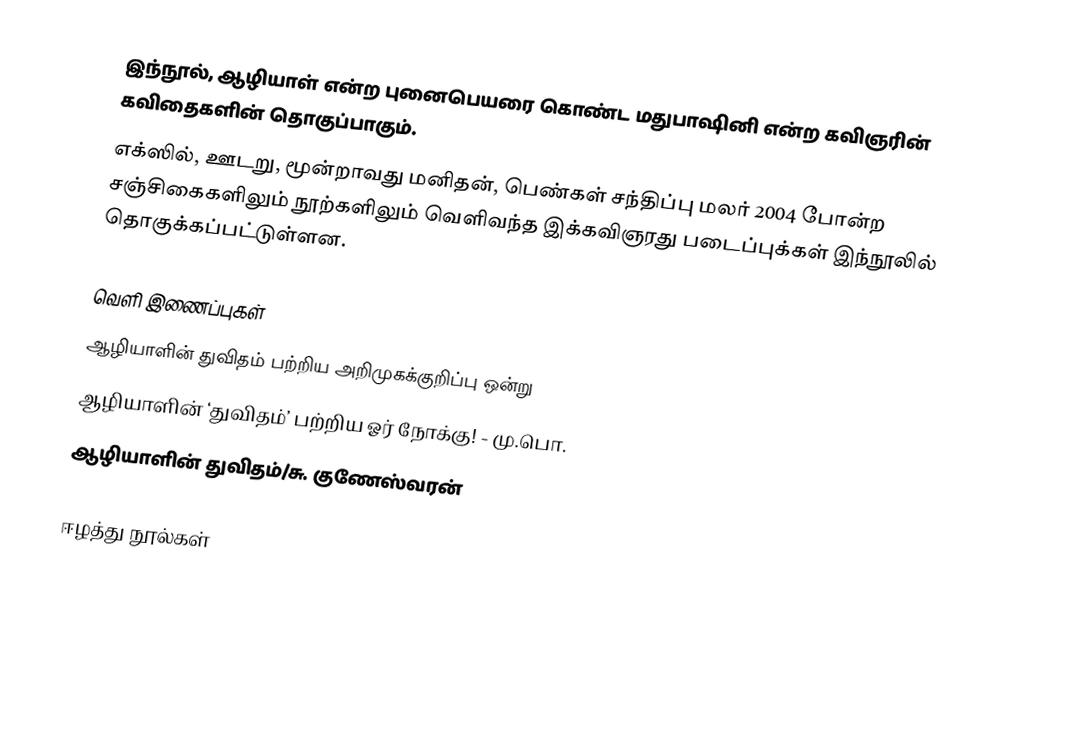
இந்நூல், ஆழியாள் என்ற புனைபெயரை கொண்ட மதுபாஷினி என்ற கவிஞரின் கவிதைகளின் தொகுப்பாகும்.
எக்ஸில், ஊடறு, மூன்றாவது மனிதன், பெண்கள் சந்திப்பு மலர் 2004 போன்ற சஞ்சிகைகளிலும் நூற்களிலும் வெளிவந்த இக்கவிஞரது படைப்புக்கள் இந்நூலில் தொகுக்கப்பட்டுள்ளன.

வெளி இணைப்புகள்
 ஆழியாளின் துவிதம் பற்றிய  அறிமுகக்குறிப்பு ஒன்று
 ஆழியாளின் ‘துவிதம்’ பற்றிய ஓர் நோக்கு! - மு.பொ.
ஆழியாளின் துவிதம்/சு. குணேஸ்வரன்

ஈழத்து நூல்கள்